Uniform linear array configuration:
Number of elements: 4
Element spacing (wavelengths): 0.5
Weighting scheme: exponential
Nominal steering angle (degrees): -15
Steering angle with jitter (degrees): -16.335
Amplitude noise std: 0.05
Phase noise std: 0.05

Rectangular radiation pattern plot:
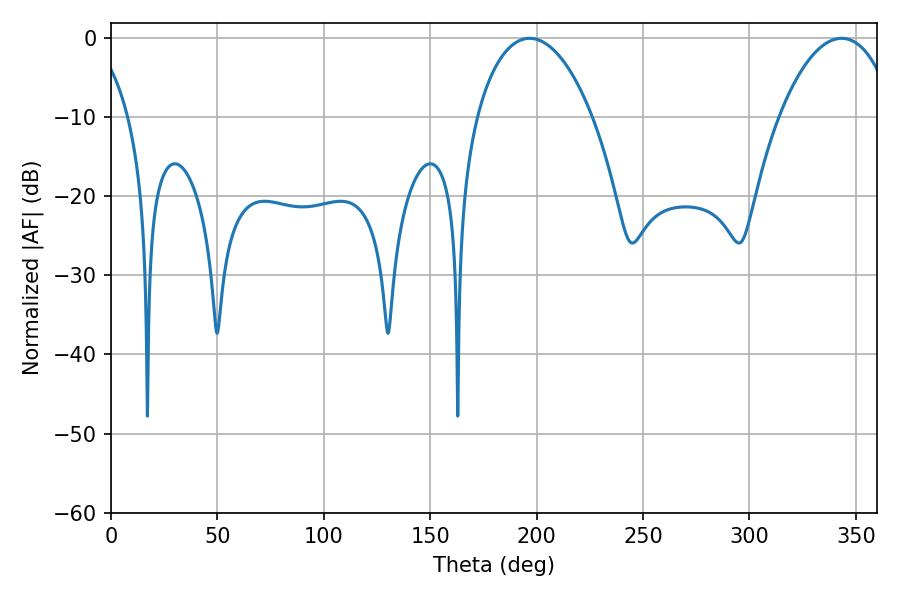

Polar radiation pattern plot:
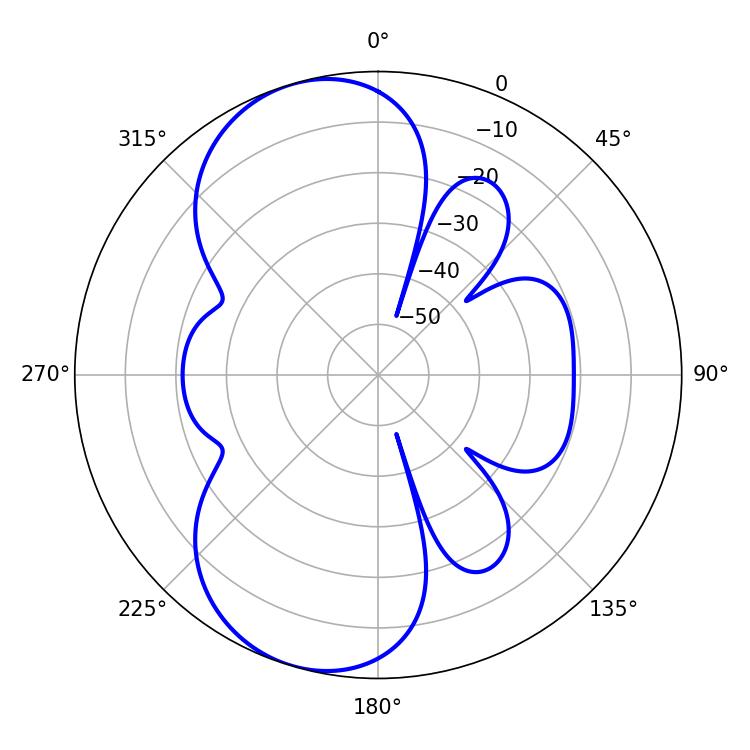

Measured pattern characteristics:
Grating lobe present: FALSE
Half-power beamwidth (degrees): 30.78
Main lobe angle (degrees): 196.74